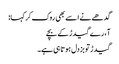
گدھے نے اسے بھی روک کر کہا:
آ، رے گیدڑ کے بچے
گیدڑ تو بزدل ہوتا ہی ہے۔